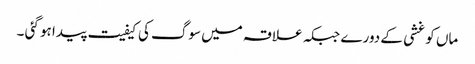
ماں کو غشی کے دورے جبکہ علاقہ میں سوگ کی کیفیت پیدا ہو گئی ۔